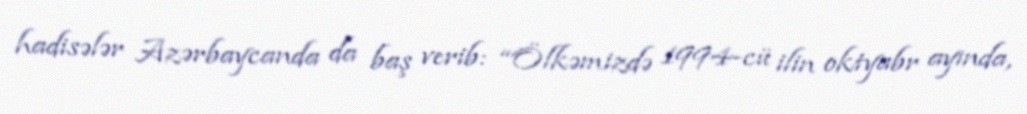
hadisələr Azərbaycanda da baş verib: “Ölkəmizdə 1994-cü ilin oktyabr ayında,